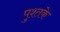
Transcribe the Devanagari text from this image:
पुश्तके